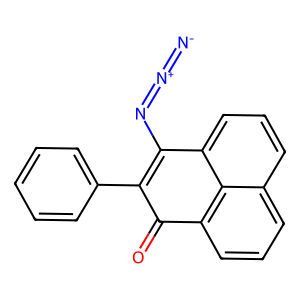
SMILES: [N-]=[N+]=NC1=C(c2ccccc2)C(=O)c2cccc3cccc1c23
Inhibits HIV replication: No